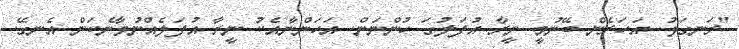
"ރަނގަޅު. އަހަރެން ބޭނުމީ ނީރާ އުފަލުގަ ހުންނަން. އަހަންނާއެކު ނީރާ އުފަލެއްނުވާނެކަން އެނގޭ.